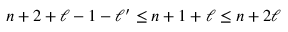
n + 2 + \ell - 1 - \ell ^ { \prime } \leq n + 1 + \ell \leq n + 2 \ell